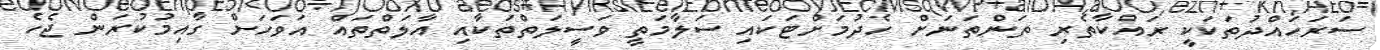
ސަރަހައްދުތަކަކީ ރައްކާތެރި ތަންތަނަށް ހެދުމަށްޓަކައި ސަލާމަތީ ވަސީލަތްތަކާއި އާލަތްތައް އަވަހަށް ގާއިމުކުރަން ޖެހެ